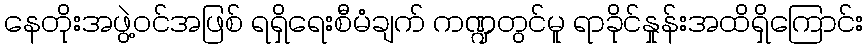
နေတိုးအဖွဲ့ဝင်အဖြစ် ရရှိရေးစီမံချက် ကဏ္ဍတွင်မူ ရာခိုင်နှုန်းအထိရှိကြောင်း